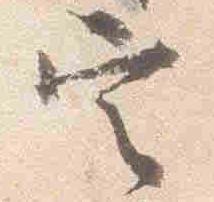
定